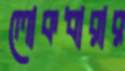
লোকধারার